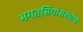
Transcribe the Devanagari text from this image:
भगतसिंगांसंबंधीचे